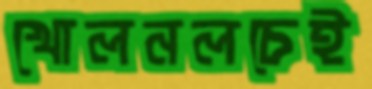
খোলনলচেই